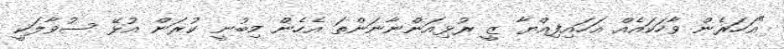
"އަހަރެން ވާހަކައެއް އަހައިފިއްޔާ ޒީ ރުޅިއަންނާނަންތަ އެހެން މިބުނީ ކުރަން އުޅޭ ސުވާލަކީ